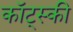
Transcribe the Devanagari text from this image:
कॉट्स्की